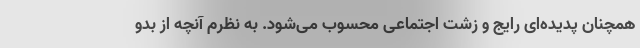
همچنان پدیده‌ای رایج و زشت اجتماعی محسوب می‌شود. به نظرم آنچه از بدو